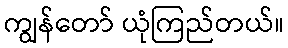
ကျွန်တော် ယုံကြည်တယ်။